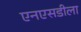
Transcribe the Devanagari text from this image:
एनएसडीला